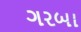
ગરબા